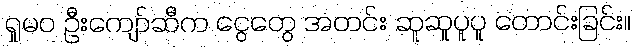
ရှုမဝ ဦးကျော်ဆီက ငွေတွေ အတင်း ဆူဆူပူပူ တောင်းခြင်း။